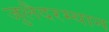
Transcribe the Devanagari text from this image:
जुलैदरम्यान